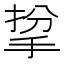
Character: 㧳